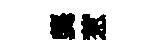
龔惹